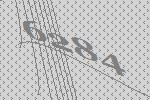
6284